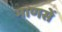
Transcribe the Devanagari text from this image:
माणसें